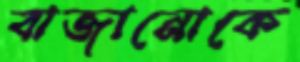
বাজানোকে